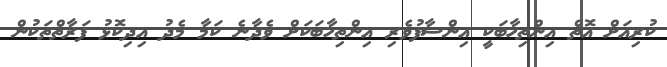
ކުރިއަށް އޮތް އިންތިހާބަކީ އިންސާފުވެރި އިންތިހާބަކަށް ވެދާނެ ކަމާ މެދު އިދިކޮޅު ފަރާތްތަކުން